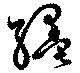
纁